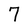
Character: 7